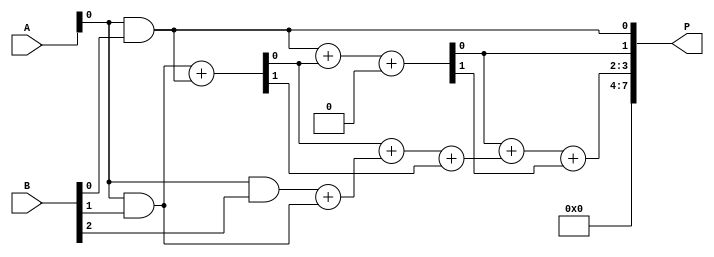
module unfolded_wallace_tree_multiplier #(parameter N = 4) (
    input [N-1:0] A,
    input [N-1:0] B,
    output reg [2*N-1:0] P
);

    wire [N-1:0] pp [0:N-1]; // Partial products
    wire [N-1:0] sum [0:N-1]; // Sums at each level
    wire [N-1:0] carry [0:N-1]; // Carries at each level

    // Generate partial products
    genvar i;
    generate
        for (i = 0; i < N; i = i + 1) begin : gen_partial_products
            assign pp[i] = A & {N{B[i]}};
        end
    endgenerate

    // Level 1: Combine partial products using Half Adders and Full Adders
    generate
        for (i = 0; i < N; i = i + 1) begin : level1
            if (i == 0) begin
                assign sum[0][0] = pp[0][0];
                assign carry[0][0] = 1'b0;
            end else begin
                wire [1:0] ha_sum, ha_carry;
                assign ha_sum = pp[i][0] + pp[i-1][0];
                assign sum[0][i] = ha_sum[0];
                assign carry[0][i] = ha_sum[1];
            end
        end
    endgenerate

    // Level 2: Combine outputs from Level 1
    generate
        for (i = 0; i < N-1; i = i + 1) begin : level2
            wire [1:0] fa_sum, fa_carry;
            assign fa_sum = sum[0][i] + sum[0][i+1] + carry[0][i];
            assign sum[1][i] = fa_sum[0];
            assign carry[1][i] = fa_sum[1];
        end
    endgenerate

    // Level 3: Final summation
    generate
        for (i = 0; i < N-2; i = i + 1) begin : level3
            wire [1:0] fa_final_sum;
            assign fa_final_sum = sum[1][i] + sum[1][i+1] + carry[1][i];
            assign sum[2][i] = fa_final_sum[0];
            assign carry[2][i] = fa_final_sum[1];
        end
    endgenerate

    // Final output assembly
    always @(*) begin
        P = {carry[2][0], sum[2][0], sum[1][0], sum[0][0]};
    end

endmodule